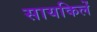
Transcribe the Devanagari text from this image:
सायकिलें